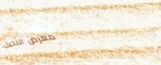
معرض النخيل